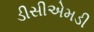
ડીસીએમડી